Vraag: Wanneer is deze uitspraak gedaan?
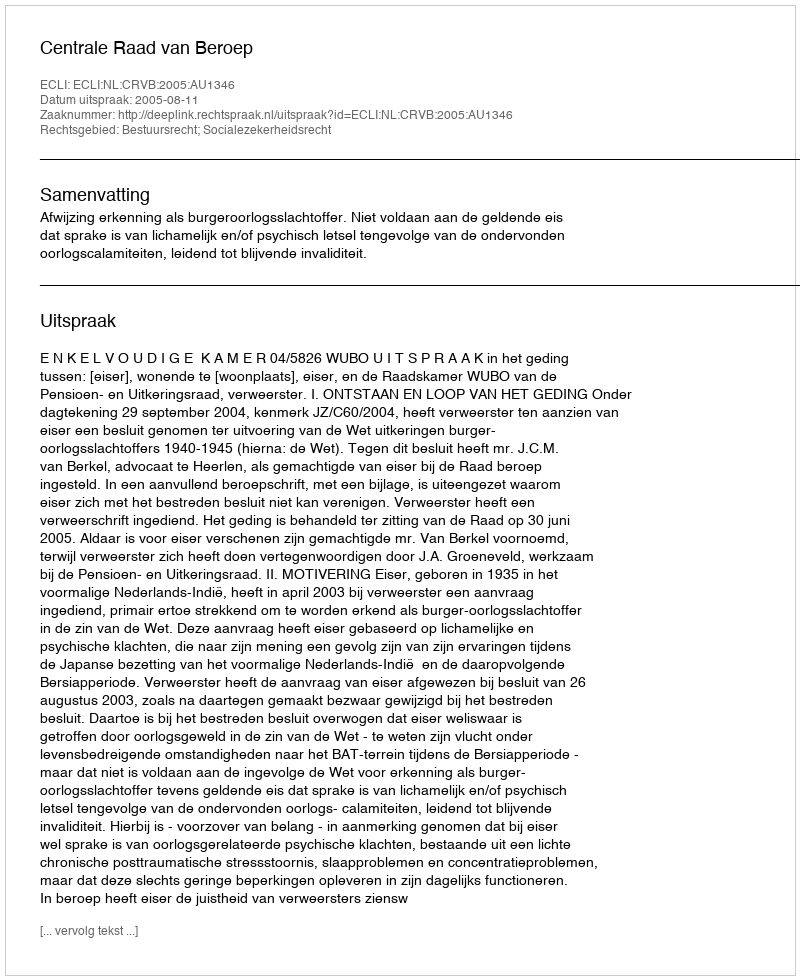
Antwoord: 2005-08-11